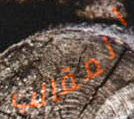
المقالب